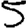
Digit: 5